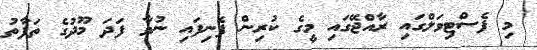
މި ފެސްޓިވަލްގައި ރާއްޖޭގައި މީގެ ކުރިން ފެނިފައި ނުވާ ފަދަ މޫދުގެ ތަފާތު